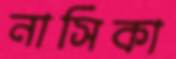
নাসিকা